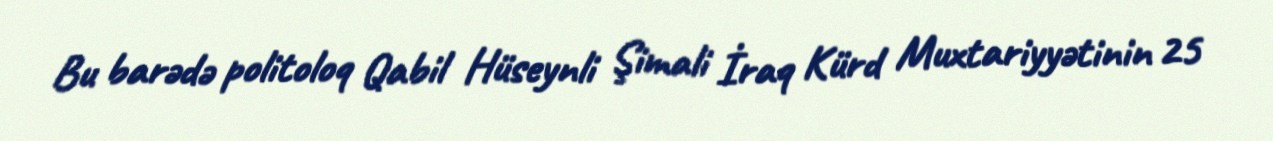
Bu barədə politoloq Qabil Hüseynli Şimali İraq Kürd Muxtariyyətinin 25